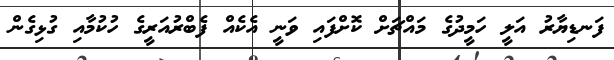
ފަނޑިޔާރު އަލީ ހަމީދުގެ މައްޗަށް ކޮށްފައި ވަނީ އެކެއް ފެބްރުއަރީގެ ހުކުމާއި ގުޅިގެން